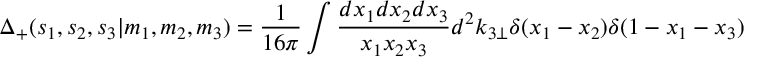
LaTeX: \Delta _ { + } ( s _ { 1 } , s _ { 2 } , s _ { 3 } | m _ { 1 } , m _ { 2 } , m _ { 3 } ) = \frac 1 { 1 6 \pi } \int \frac { d x _ { 1 } d x _ { 2 } d x _ { 3 } } { x _ { 1 } x _ { 2 } x _ { 3 } } d ^ { 2 } k _ { 3 \perp } \delta ( x _ { 1 } - x _ { 2 } ) \delta ( 1 - x _ { 1 } - x _ { 3 } )